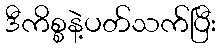
ဒီကိစ္စနဲ့ပတ်သက်ပြီး